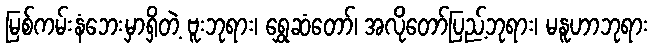
မြစ်ကမ်းနံဘေးမှာရှိတဲ့ ဗူးဘုရား၊ ရွှေဆံတော်၊ အလိုတော်ပြည့်ဘုရား၊ မနူဟာဘုရား